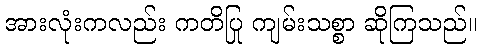
အားလုံးကလည်း ကတိပြု ကျမ်းသစ္စာ ဆိုကြသည်။